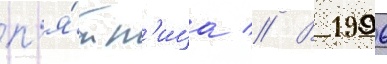
п'я́тн'ица // В 1996